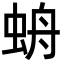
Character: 𧊓